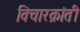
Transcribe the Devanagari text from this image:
विचारक्रांती